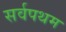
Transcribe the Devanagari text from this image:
सर्वपथम